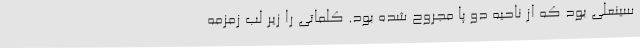
سینعلی بود که از ناحیه دو پا مجروح شده بود. کلماتی را زیر لب زمزمه